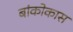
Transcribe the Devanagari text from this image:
बांकोकास